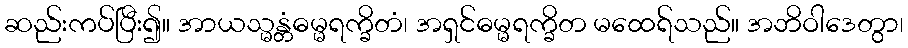
ဆည်းကပ်ပြီး၍။ အာယသ္မန္တံဓမ္မရက္ခိတံ၊ အရှင်ဓမ္မရက္ခိတ မထေရ်သည်။ အဘိဝါဒေတွာ၊